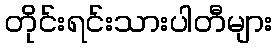
တိုင်းရင်းသားပါတီများ